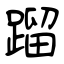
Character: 蹓